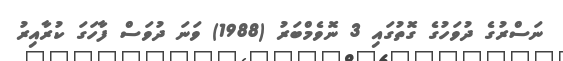
ނަސްރުގެ ދުވަހުގެ ގޮތުގައި 3 ނޮވެމްބަރު (1988) ވަނަ ދުވަސް ފާހަގަ ކުރާއިރު